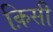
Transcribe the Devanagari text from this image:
क़िसी